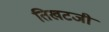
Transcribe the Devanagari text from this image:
तिखटजी